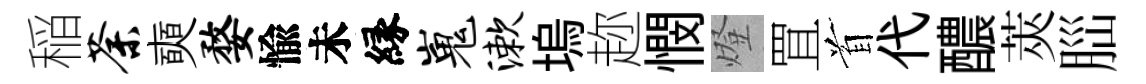
稲荼奭婺愉未縁嵬漱塢趂憫燈罝首代醲莢𦛁